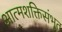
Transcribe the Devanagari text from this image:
आत्मशक्तिसंभूत